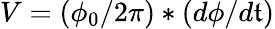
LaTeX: V=(\phi_{0}/2\pi)*(d\phi/d\mathfrak{t})